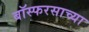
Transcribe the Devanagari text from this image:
बॉस्फरसाच्या